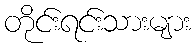
တိုင်းရင်းသားများ